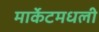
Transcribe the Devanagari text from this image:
मार्केटमधली